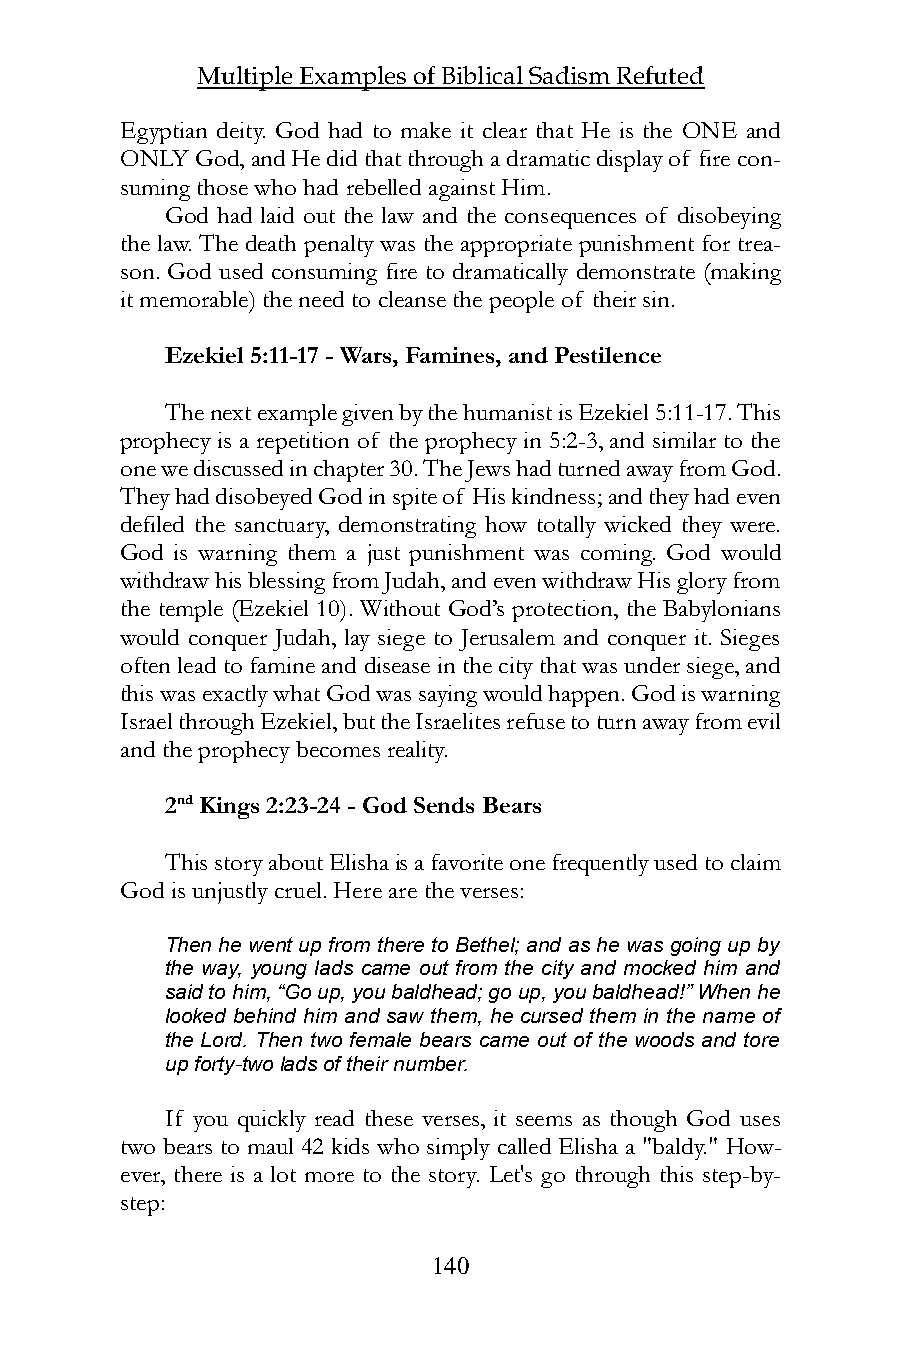
Multiple Examples of Biblical Sadism Refuted
 Egyptian deity. God had to make it clear that He is the ONE and
 ONLY God, and He did that through a dramatic display of fire con-
 suming those who had rebelled against Him.
 God had laid out the law and the consequences of disobeying
 the law. The death penalty was the appropriate punishment for trea-
 son. God used consuming fire to dramatically demonstrate (making
 it memorable) the need to cleanse the people of their sin.
 Ezekiel 5:11-17 - Wars, Famines, and Pestilence
 The next example given by the humanist is Ezekiel 5:11-17. This
 prophecy is a repetition of the prophecy in 5:2-3, and similar to the
 one we discussed in chapter 30. The Jews had turned away from God.
 They had disobeyed God in spite of His kindness; and they had even
 defiled the sanctuary, demonstrating how totally wicked they were.
 God is warning them a just punishment was coming. God would
 withdraw his blessing from Judah, and even withdraw His glory from
 the temple (Ezekiel 10). Without God’s protection, the Babylonians
 would conquer Judah, lay siege to Jerusalem and conquer it. Sieges
 often lead to famine and disease in the city that was under siege, and
 this was exactly what God was saying would happen. God is warning
 Israel through Ezekiel, but the Israelites refuse to turn away from evil
 and the prophecy becomes reality.
 2nd Kings 2:23-24 - God Sends Bears
 This story about Elisha is a favorite one frequently used to claim
 God is unjustly cruel. Here are the verses:
 Then he went up from there to Bethel; and as he was going up by
 the way, young lads came out from the city and mocked him and
 said to him, “Go up, you baldhead; go up, you baldhead!” When he
 looked behind him and saw them, he cursed them in the name of
 the Lord. Then two female bears came out of the woods and tore
 up forty-two lads of their number.
 If you quickly read these verses, it seems as though God uses
 two bears to maul 42 kids who simply called Elisha a "baldy." How-
 ever, there is a lot more to the story. Let's go through this step-by-
 step:
 140